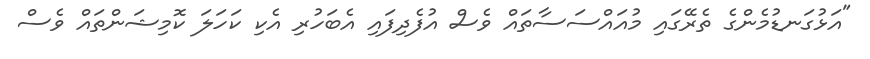
"އަޅުގަނޑުމެންގެ ތެރޭގައި މުއައްސަސާތައް ވެސް އުފެދިފައި އެބަހުރި އެކި ކަހަލަ ކޮމިޝަންތައް ވެސް